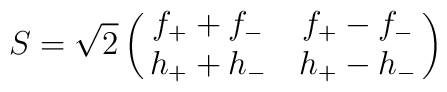
S=\sqrt{2}\pmatrix{f_+ + f_- & f_+ - f_- \cr h_+ + h_- & h_+ - h_- \cr}